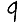
Digit: 9